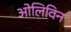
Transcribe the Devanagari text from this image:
ओलिविन